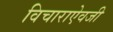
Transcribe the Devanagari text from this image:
विचाराऐवजी